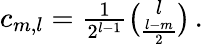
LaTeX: \begin{array}{r}{c_{m,l}=\frac{1}{2^{l-1}}\binom{l}{\frac{l-m}{2}}\, .}\end{array}